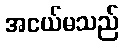
အငယ်မသည်